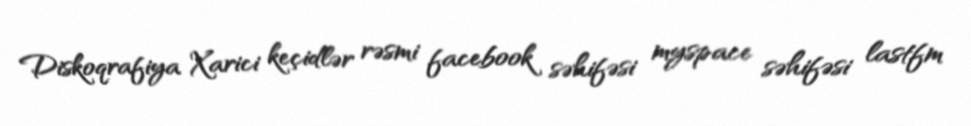
Diskoqrafiya Xarici keçidlər rəsmi facebook səhifəsi myspace səhifəsi lastfm